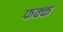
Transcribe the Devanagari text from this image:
फक्क